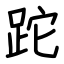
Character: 跎